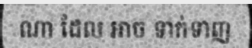
ណា ដែល អាច ទាក់ទាញ